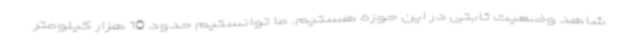
شاهد وضعیت ثابتی در این حوزه هستیم. ما توانستیم حدود 10 هزار کیلومتر